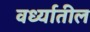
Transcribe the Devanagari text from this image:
वर्ध्यातील